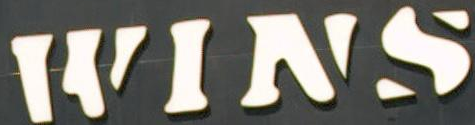
WINS